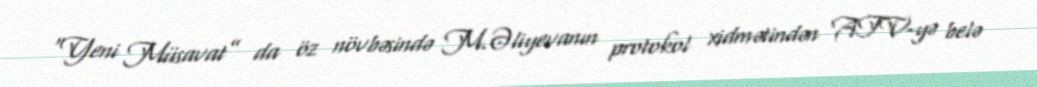
“Yeni Müsavat” da öz növbəsində M.Əliyevanın protokol xidmətindən ATV-yə belə